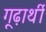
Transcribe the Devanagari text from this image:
गूढ़ार्थी